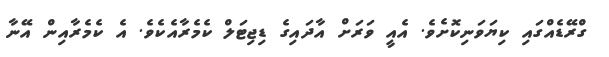
ގްރޭޑެއްގައި ކިޔަވަނިކޮށެވެ. އެއީ ވަރަށް އާދައިގެ ޑިޖިޓަލް ކެމެރާއެކެވެ. އެ ކެމެރާއިން އޭނާ